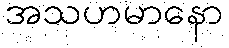
အသဟမာနော